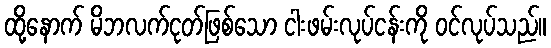
ထို့နောက် မိဘလက်ငုတ်ဖြစ်သော ငါးဖမ်းလုပ်ငန်းကို ဝင်လုပ်သည်။